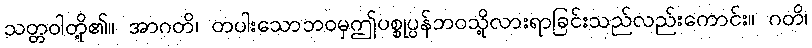
သတ္တဝါတို့၏။ အာဂတိ၊ တပါးသောဘဝမှဤပစ္စုပ္ပန်ဘဝသို့လားရာခြင်းသည်လည်းကောင်း။ ဂတိ၊